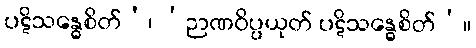
ပဋိသန္ဓေစိတ်’၊ ‘ဉာဏဝိပ္ပယုတ် ပဋိသန္ဓေစိတ်’။